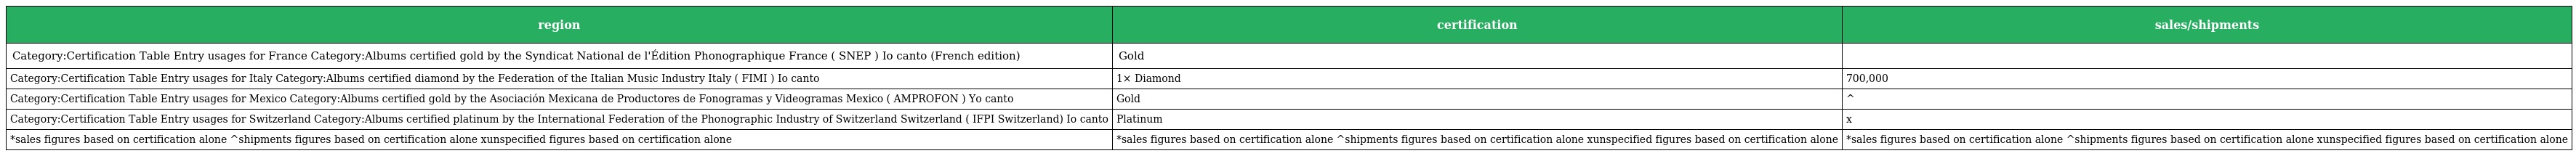
| region | certification | sales/shipments |
 | --- | --- | --- |
 | Category:Certification Table Entry usages for France Category:Albums certified gold by the Syndicat National de l'Édition Phonographique France ( SNEP ) Io canto (French edition) | Gold |  |
 | Category:Certification Table Entry usages for Italy Category:Albums certified diamond by the Federation of the Italian Music Industry Italy ( FIMI ) Io canto | 1× Diamond | 700,000 |
 | Category:Certification Table Entry usages for Mexico Category:Albums certified gold by the Asociación Mexicana de Productores de Fonogramas y Videogramas Mexico ( AMPROFON ) Yo canto | Gold | ^ |
 | Category:Certification Table Entry usages for Switzerland Category:Albums certified platinum by the International Federation of the Phonographic Industry of Switzerland Switzerland ( IFPI Switzerland) Io canto | Platinum | x |
 | *sales figures based on certification alone ^shipments figures based on certification alone xunspecified figures based on certification alone | *sales figures based on certification alone ^shipments figures based on certification alone xunspecified figures based on certification alone | *sales figures based on certification alone ^shipments figures based on certification alone xunspecified figures based on certification alone |